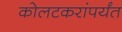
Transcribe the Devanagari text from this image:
कोलटकरांपर्यंत